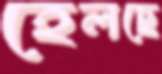
হেলছে